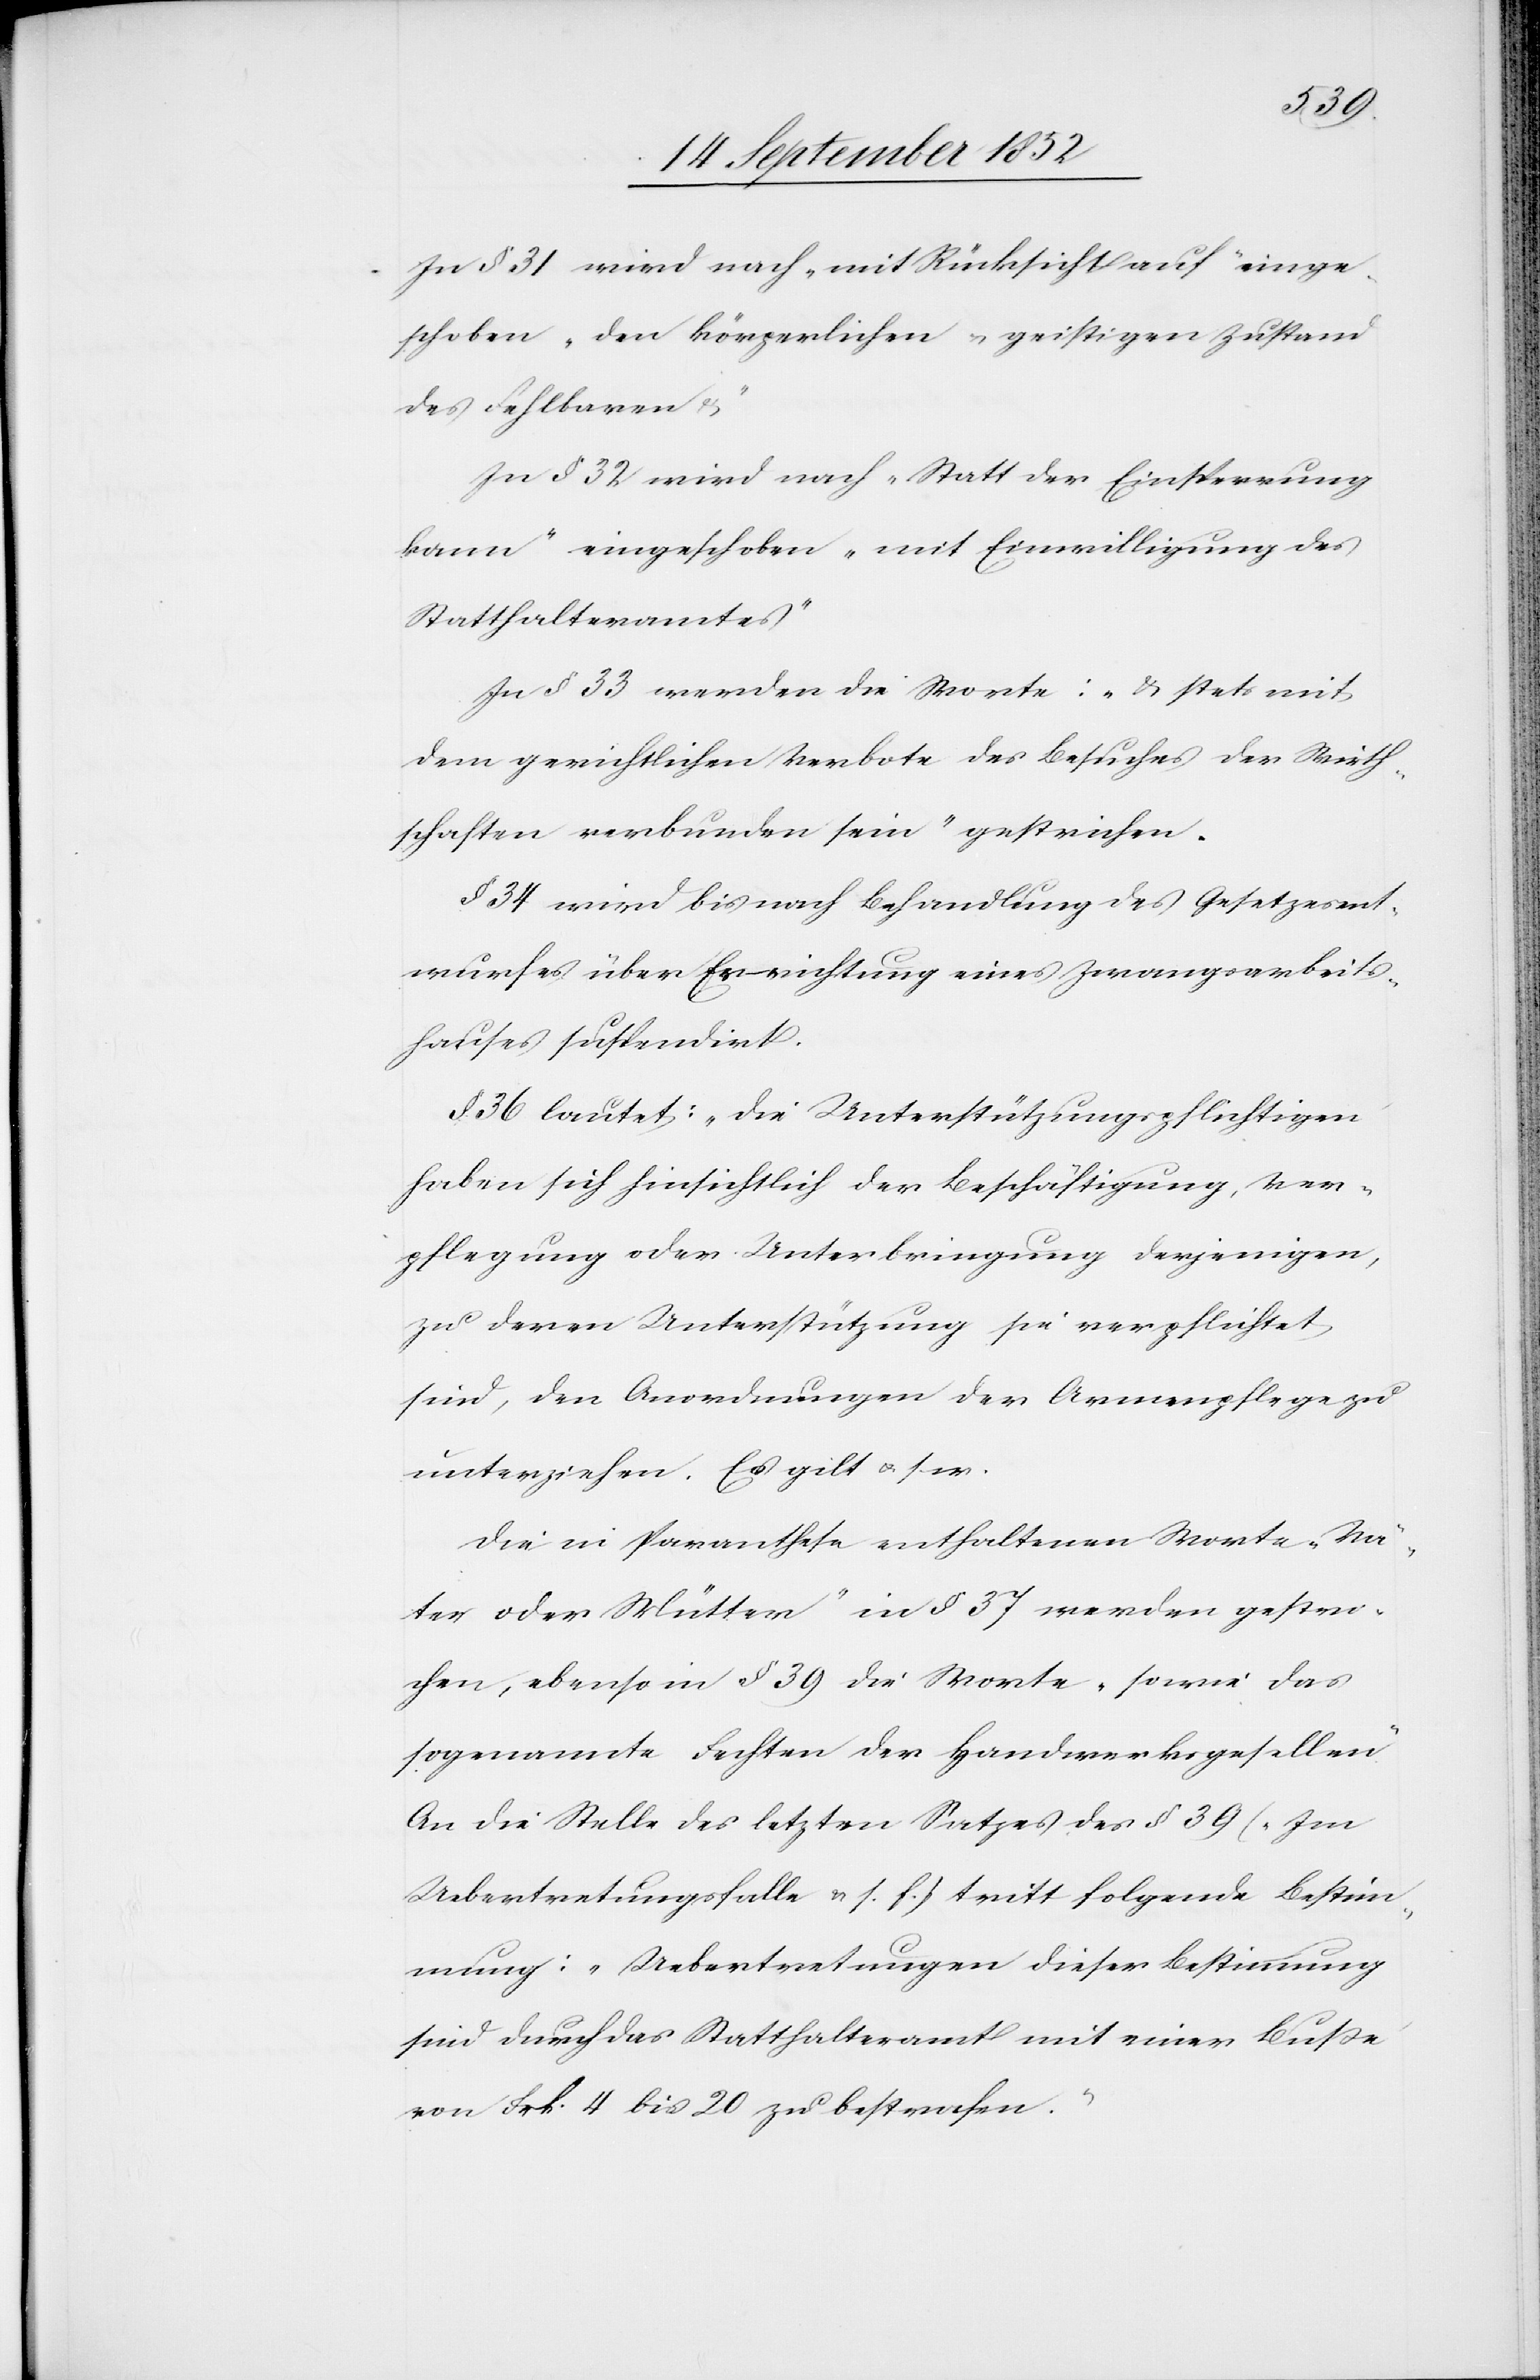
In § 31 wird nach „mit Rücksicht auf“ einge¬
schoben „den körperlichen & geistigen Zustand
des Fehlbaren &“
In § 32 wird nach „Statt der Einsperrung
kann“ eingeschoben „mit Einwilligung des
Statthalteramtes“
In § 33 werden die Worte: „& stets mit
dem gerichtlichen Verbote des Besuches der Wirth¬
schaften verbunden sein“ gestrichen.
§ 34 wird bis nach Behandlung des Gesetzesent¬
wurfes über Errichtung eines Zwangsarbeits¬
hauses suspendirt.
§ 36 lautet: „Die Unterstützungspflichtigen
haben sich hinsichtlich der Beschäftigung, Ver¬
pflegung oder Unterbringung derjenigen,
zu deren Unterstützung sie verpflichtet
sind, den Anordnungen der Armenpflege zu
unterziehen. Es gilt & s
Die in Paranthese enthaltenen Worte „Vä¬
ter oder Mütter“ in § 37 werden gestri¬
chen, ebenso in § 39 die Worte „sowie das
sogenannte Fechten der Handwerksgesellen“
An die Stelle des letzten Satzes des § 39 („Im
Uebertretungsfalle & s. f.[“]) tritt folgende Bestim¬
mung: „Uebertretungen dieser Bestimmung
sind durch das Statthalteramt mit einer Buße
von Frk. 4 bis 20 zu bestrafen.“